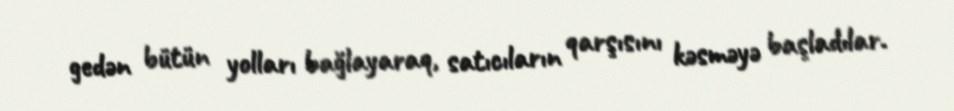
gedən bütün yolları bağlayaraq, satıcıların qarşısını kəsməyə başladılar.